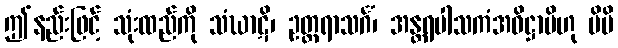
ဤနည်းဖြင့် သုံးထည်ကို သံဃာဋိ၊ ဥတ္တရာသင်္ဂံ၊ အန္တရပါသကံအဓိဋ္ဌာမိဟု မိမိ